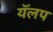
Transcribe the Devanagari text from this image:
यॅलप